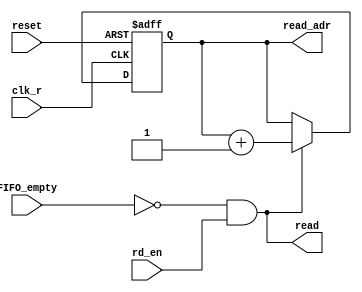
`timescale 1ns / 1ps
//////////////////////////////////////////////////////////////////////////////////
// Company: 
// Engineer: 
// 
// Design Name: 
// Module Name: read_logic
// Project Name: 
// Target Devices: 
// Tool Versions: 
// Description: 
// 
// Dependencies: 
// 
// Revision:
// Revision 0.01 - File Created
// Additional Comments:
// 
//////////////////////////////////////////////////////////////////////////////////


module read_logic#(parameter width = 32, parameter depth = 8, parameter adr_width = $clog2(depth))(

    input wire clk_r,
    input wire reset,
    input wire rd_en,
    input wire FIFO_empty,
    output wire read,
    output wire [adr_width : 0] read_adr

    );
    
    reg [adr_width : 0] address;
    
    assign en = !FIFO_empty && rd_en;
    
    assign read_adr = address;
    
    assign read = en;
    
    always @(posedge clk_r, negedge reset) begin
    
        if(!reset) 
            address <= 0;
        else if (en)
            address <= address + 1;
        else 
            address <= address;
    end
    
endmodule